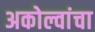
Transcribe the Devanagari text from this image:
अकोल्वांचा